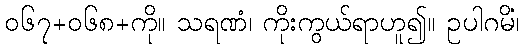
၀၆၇+၀၆၈+ကို။ သရဏံ၊ ကိုးကွယ်ရာဟူ၍။ ဥပါဂမိံ၊